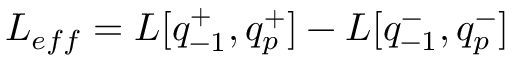
L _ { e f f } = L [ q _ { - 1 } ^ { + } , q _ { p } ^ { + } ] - L [ q _ { - 1 } ^ { - } , q _ { p } ^ { - } ]